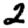
Digit: 2